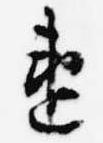
違